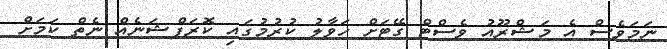
ނަމަވެސް އެ މަޝްރޫއު ވެސްޓް ގޭޓަށް ހަވާލު ކުރުމުގައި ކޮރަޕްޝަނެއް ނެތް ކަމަށް